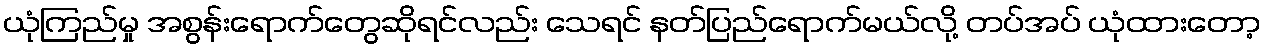
ယုံကြည်မှု အစွန်းရောက်တွေဆိုရင်လည်း သေရင် နတ်ပြည်ရောက်မယ်လို့ တပ်အပ် ယုံထားတော့